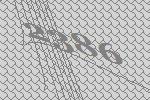
2386